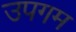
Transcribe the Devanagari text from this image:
उपगम